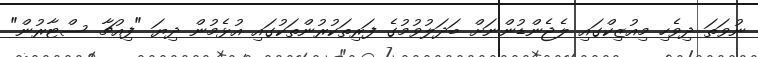
ނުވަތަ ދިވެހި މިއުޒިކްގައި ލެޖެންޑުންނަށް ބަދަލުވުމުގެ ފަރިތަކުރުންތަކުގައި އުޅެމުން ދިޔަ "ފިއުޗާ ސްޓާރުން"